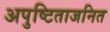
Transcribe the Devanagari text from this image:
अपुष्टिताजनित